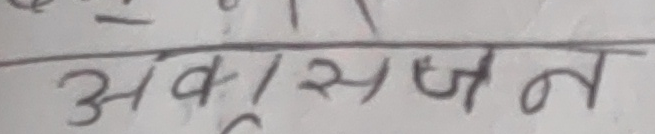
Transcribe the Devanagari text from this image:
अवक्षेपण